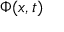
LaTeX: \Phi ( x , t )